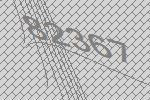
82367